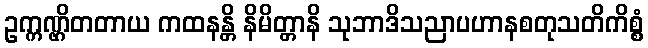
ဥက္ကဏ္ဌိတတာယ ကထနန္တိ နိမိတ္တာနိ သုဘာဒိသညာပဟာနစတုသတိကိစ္စံ